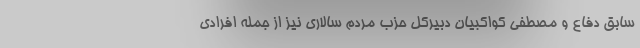
سابق دفاع و مصطفی کواکبیان دبیرکل حزب مردم سالاری نیز از جمله افرادی